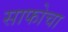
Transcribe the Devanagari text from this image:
साफोचा